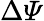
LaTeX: \Delta{\mathit\Psi}